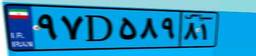
۹۷D۵۸۹۸۱